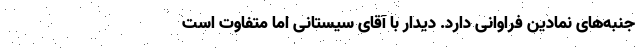
جنبه‌های نمادین فراوانی دارد. دیدار با آقای سیستانی اما متفاوت است